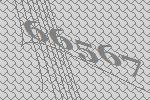
66567